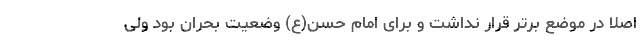
اصلا در موضع برتر قرار نداشت و برای امام حسن(ع) وضعیت بحران بود ولی